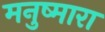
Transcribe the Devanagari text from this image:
मनुष्मारा